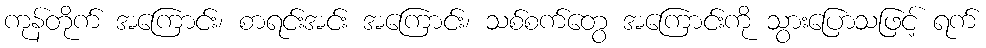
ကုန်တိုက် အကြောင်း၊ စာရင်းအင်း အကြောင်း၊ သစ်စက်တွေ အကြောင်းကို သွားပြောသဖြင့် ရက်